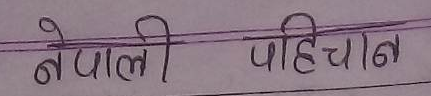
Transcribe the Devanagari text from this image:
नेपाली पहिचान